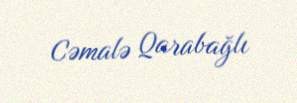
Cəmalə Qarabağlı